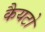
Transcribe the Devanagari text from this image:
कैयटो